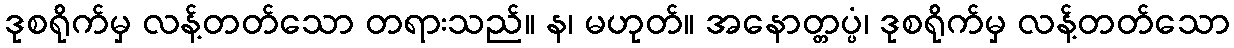
ဒုစရိုက်မှ လန့်တတ်သော တရားသည်။ န၊ မဟုတ်။ အနောတ္တပ္ပံ၊ ဒုစရိုက်မှ လန့်တတ်သော